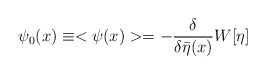
\begin{align*}\psi_0(x)\equiv< \psi(x) >=-\frac{\delta}{\delta\bar\eta(x)}W[\eta]\end{align*}